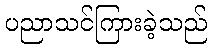
ပညာသင်ကြားခဲ့သည်